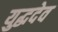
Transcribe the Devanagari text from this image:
युद्धदेव